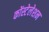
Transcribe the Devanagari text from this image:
कोंस्टेलेशन